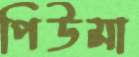
পিউমা